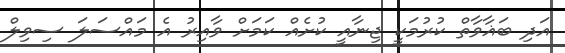
އަދި ބަޣާވާތް ކުރުމަކީ ޖިނާއީ ކުށެއް ކަމަށް ވާއިރު އެ މައްސަލަ ސިވިލް